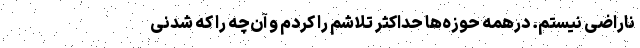
ناراضی نیستم. درهمه حوزه‌ها حداکثر تلاشم را کردم و آن‌چه را که شدنی